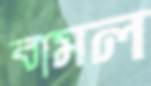
বামল